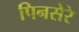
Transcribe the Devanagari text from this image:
पिनसेरे